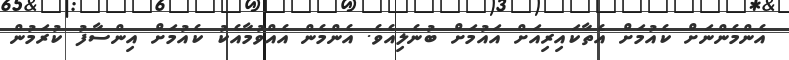
އެންމެންނަށް ކެއުމަށް އެތާކައިރިއަށް އައުމަށް ބުނެލިއެވެ. އެންމެން އެއްވުމާއެކު ކެއުމަށް އިންސާފު ކުރަމުން